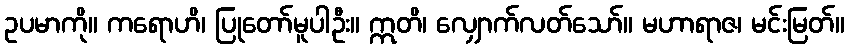
ဥပမာကို။ ကရောဟိ၊ ပြုတော်မူပါဦး။ ဣတိ၊ လျှောက်လတ်သော်။ မဟာရာဇ၊ မင်းမြတ်။